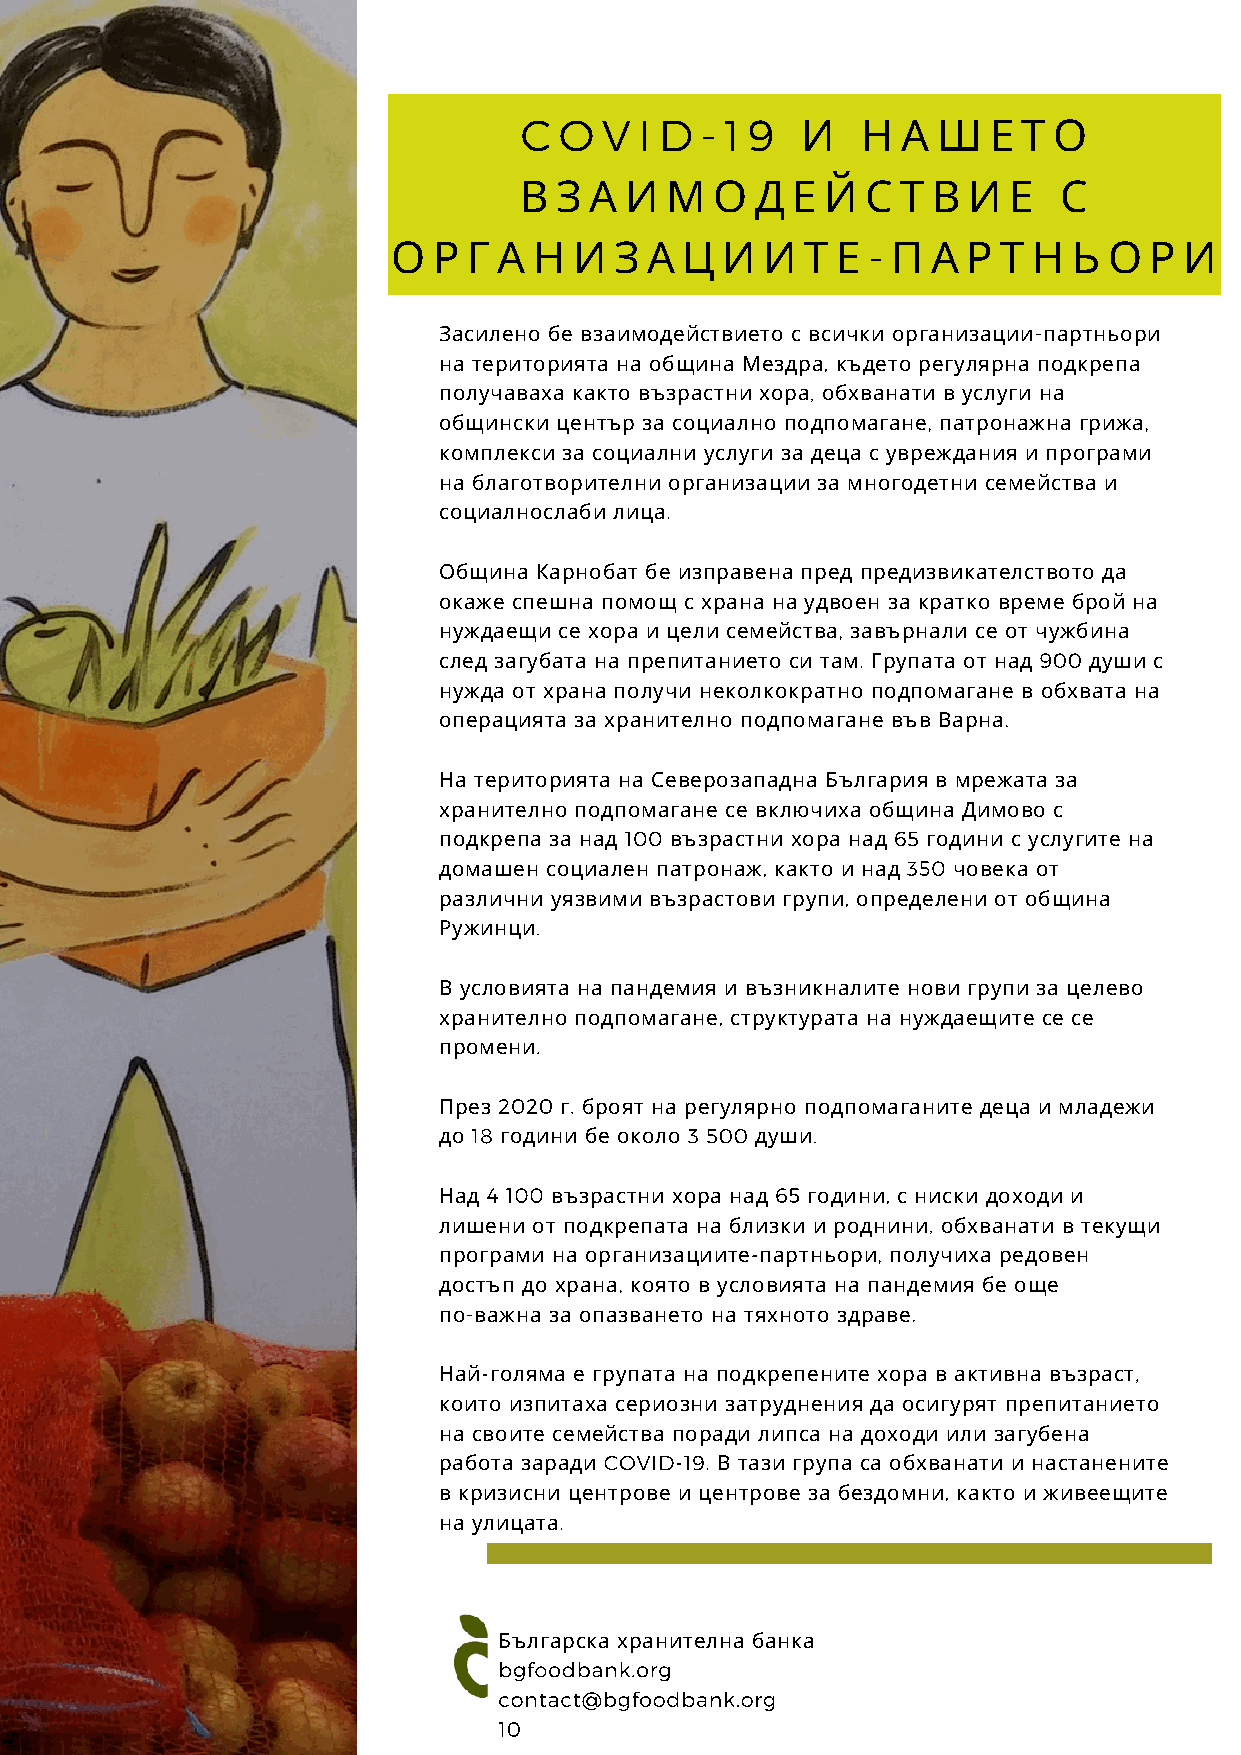
C  O  V I D - 1 9
 И   Н  А Ш   Е Т О
 В  З А И  М  О  Д Е  Й С  Т В И  Е  С
 -
 О  Р Г А Н  И  З А Ц  И  И Т Е   П  А Р Т Н  Ь О  Р И
 Засилено бе взаимодействието с всички организации-партньори
 на територията на община Мездра, където регулярна подкрепа
 получаваха както възрастни хора, обхванати в услуги на
 общински център за социално подпомагане, патронажна грижа,
 комплекси за социални услуги за деца с увреждания и програми
 на благотворителни организации за многодетни семейства и
 социалнослаби лица.
 Община Карнобат бе изправена пред предизвикателството да
 окаже спешна помощ с храна на удвоен за кратко време брой на
 нуждаещи се хора и цели семейства, завърнали се от чужбина
 след загубата на препитанието си там. Групата от над 900 души с
 нужда от храна получи неколкократно подпомагане в обхвата на
 операцията за хранително подпомагане във Варна.
 На територията на Северозападна България в мрежата за
 хранително подпомагане се включиха община Димово с
 подкрепа за над 100 възрастни хора над 65 години с услугите на
 домашен социален патронаж, както и над 350 човека от
 различни уязвими възрастови групи, определени от община
 Ружинци.
 В условията на пандемия и възникналите нови групи за целево
 хранително подпомагане, структурата на нуждаещите се се
 промени.
 През 2020 г. броят на регулярно подпомаганите деца и младежи
 до 18 години бе около 3 500 души.
 Над 4 100 възрастни хора над 65 години, с ниски доходи и
 лишени от подкрепата на близки и роднини, обхванати в текущи
 програми на организациите-партньори, получиха редовен
 достъп до храна, която в условията на пандемия бе още
 по-важна за опазването на тяхното здраве.
 Най-голяма е групата на подкрепените хора в активна възраст,
 които изпитаха сериозни затруднения да осигурят препитанието
 на своите семейства поради липса на доходи или загубена
 работа заради COVID-19. В тази група са обхванати и настанените
 в кризисни центрове и центрове за бездомни, както и живеещите
 на улицата.
 Българска хранителна банка
 bgfoodbank.org
 contact@bgfoodbank.org
 10